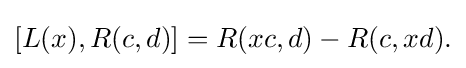
\displaystyle {[L(x),R(c,d)]=R(xc,d)-R(c,xd).}